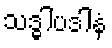
သဒ္ဓါပဒါနံ